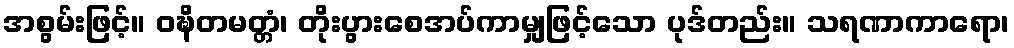
အစွမ်းဖြင့်။ ဝဍ္ဎိတမတ္တံ၊ တိုးပွားစေအပ်ကာမျှဖြင့်သော ပုဒ်တည်း။ သရဏာကာရော၊